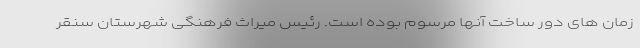
زمان های دور ساخت آنها مرسوم بوده است. رئیس میراث فرهنگی شهرستان سنقر